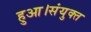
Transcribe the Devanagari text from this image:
हुआ।संयुक्त